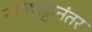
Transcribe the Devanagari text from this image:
नागभट्टानंतर